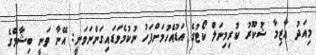
މިއަދު އާޒިމާ ޝުކޫރު ކުރިމިނަލް ކޯޓުގެ އަޑުއެހުމަށްފަހު ނުކުމެވަޑައިގަންނަވަނީ: އޭނާ ވަނީ ބިޝާމްގެ